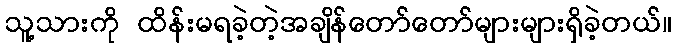
သူ့သားကို ထိန်းမရခဲ့တဲ့အချိန်တော်တော်များများရှိခဲ့တယ်။